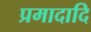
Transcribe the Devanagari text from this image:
प्रमादादि